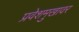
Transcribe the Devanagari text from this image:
प्रवेशमुखावर